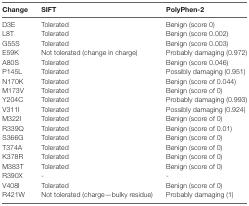
<table><thead><tr><td><b>Change</b></td><td><b>SIFT</b></td><td><b>PolyPhen-2</b></td></tr></thead><tbody><tr><td>D3E</td><td>Tolerated</td><td>Benign (score 0)</td></tr><tr><td>L8T</td><td>Tolerated</td><td>Benign (score 0.002)</td></tr><tr><td>G55S</td><td>Tolerated</td><td>Benign (score 0.003)</td></tr><tr><td>E59K</td><td>Not tolerated (change in charge)</td><td>Probably damaging (0.972)</td></tr><tr><td>A80S</td><td>Tolerated</td><td>Benign (score 0.046)</td></tr><tr><td>P145L</td><td>Tolerated</td><td>Possibly damaging (0.951)</td></tr><tr><td>N170K</td><td>Tolerated</td><td>Benign (score of 0.044)</td></tr><tr><td>M173V</td><td>Tolerated</td><td>Benign (score of 0)</td></tr><tr><td>Y204C</td><td>Tolerated</td><td>Probably damaging (0.993)</td></tr><tr><td>V311I</td><td>Tolerated</td><td>Possibly damaging (0.924)</td></tr><tr><td>M322I</td><td>Tolerated</td><td>Benign (score of 0)</td></tr><tr><td>R339Q</td><td>Tolerated</td><td>Benign (score of 0.01)</td></tr><tr><td>S366G</td><td>Tolerated</td><td>Benign (score of 0)</td></tr><tr><td>T374A</td><td>Tolerated</td><td>Benign (score of 0)</td></tr><tr><td>K378R</td><td>Tolerated</td><td>Benign (score of 0)</td></tr><tr><td>M383T</td><td>Tolerated</td><td>Benign (score of 0)</td></tr><tr><td>R390X</td><td>-</td><td>-</td></tr><tr><td>V408I</td><td>Tolerated</td><td>Benign (score of 0)</td></tr><tr><td>R421W</td><td>Not tolerated (charge—bulky residue)</td><td>Probably damaging (1)</td></tr></tbody></table>